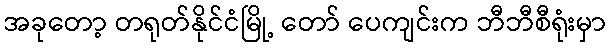
အခုတော့ တရုတ်နိုင်ငံမြို့ တော် ပေကျင်းက ဘီဘီစီရုံးမှာ